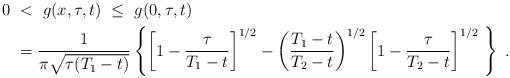
LaTeX: \begin{align*} 0 \ &< \ g(x,\tau,t) \ \le \ g(0,\tau,t)\\ &= \frac{1}{\pi\sqrt{\tau(T_1-t)}}\left\{\left[1-\frac{\tau}{T_1-t}\right]^{1/2}-\left(\frac{T_1-t}{T_2-t}\right)^{1/2}\left[1-\frac{\tau}{T_2-t}\right]^{1/2} \ \right\} \ .\end{align*}